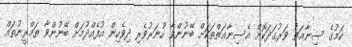
ކަމުގެ ސިނާޢަތު ވަރުގަދަކޮށް އެސިނާޢަތްތަކަށް ބޭނުންވާ ހުނަރުވެރި ދިވެހިން އުފެއްދުމަށް ބޭނުންވާ ތަމްރީނުތައް